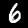
Digit: 6